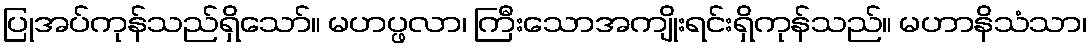
ပြုအပ်ကုန်သည်ရှိသော်။ မဟပ္ဖလာ၊ ကြီးသောအကျိုးရင်းရှိကုန်သည်။ မဟာနိသံသာ၊